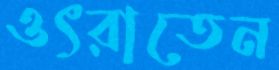
ওৎরাতেন